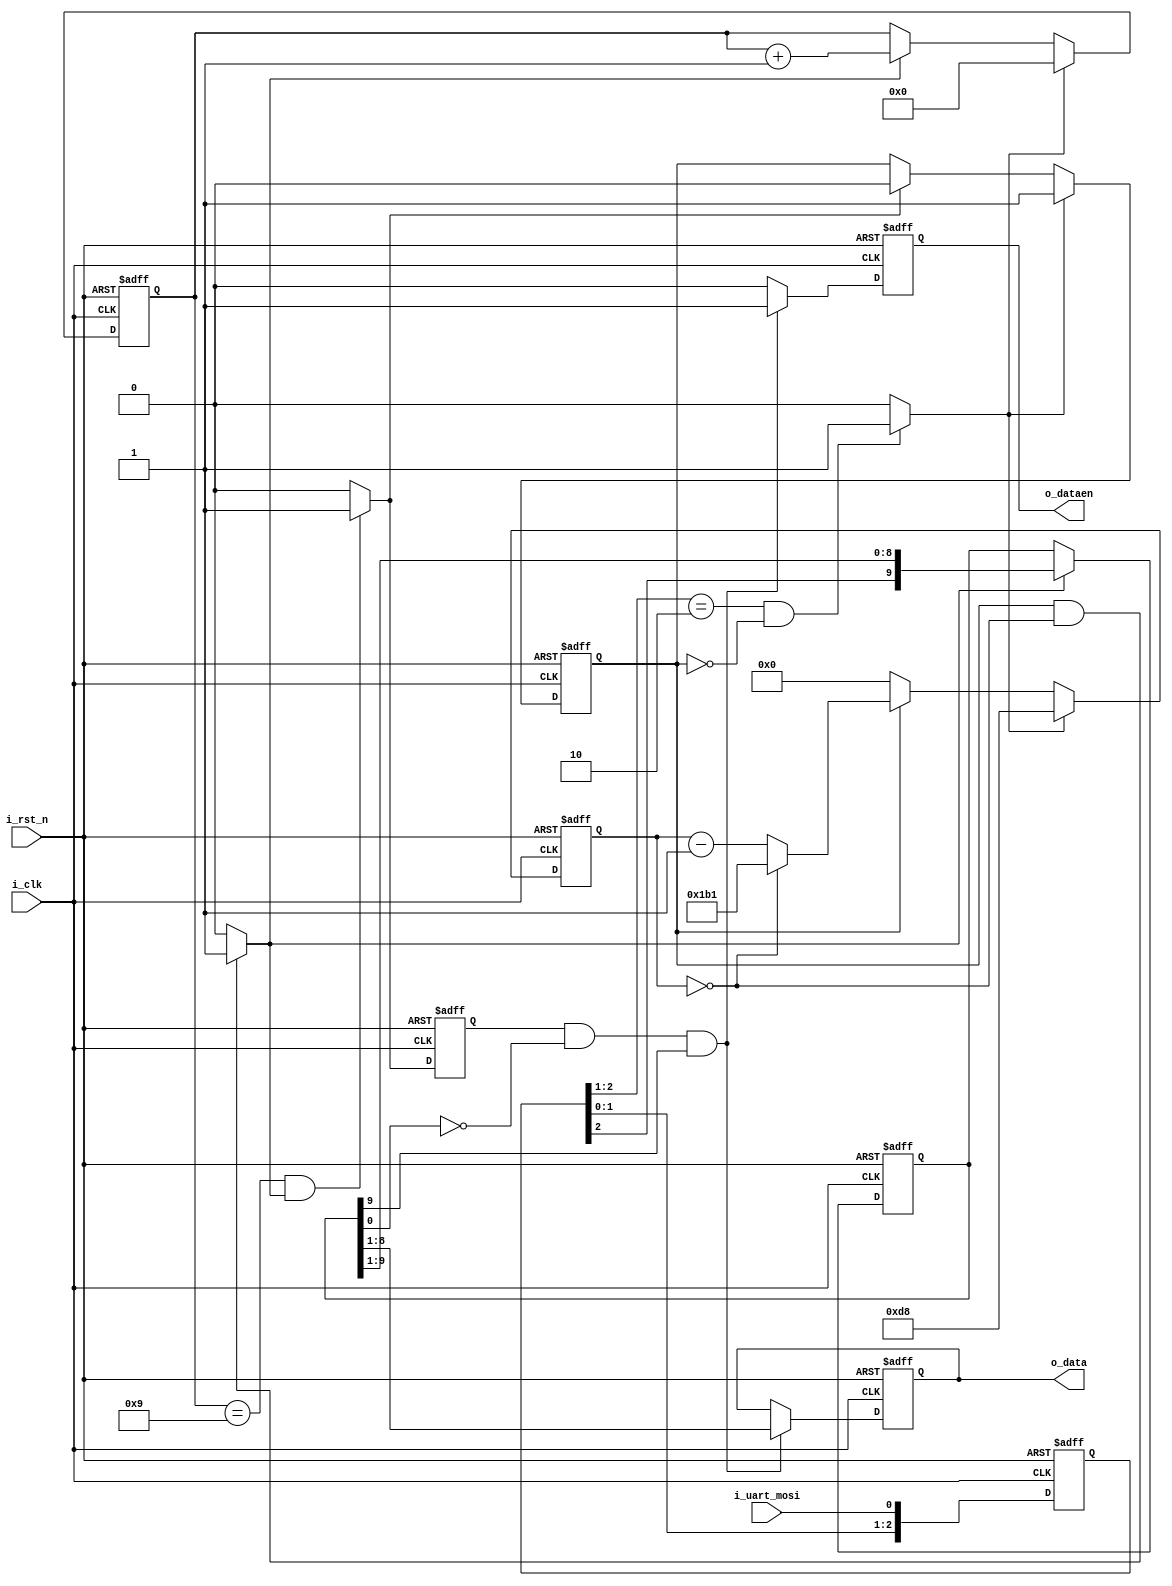
/*============================================================================*/
/*
 * @file    uart_rx.v
 * @brief   UART RX
 * @note    
 * @date    2018/11/19
 * @author  kingyo
 */
/*============================================================================*/
module uart_rx (
    input           i_clk,
    input           i_rst_n,
    input           i_uart_mosi,
    output  [7:0]   o_data,
    output          o_dataen
    );
    
    parameter   DIV_WID = 9;
    parameter   DIV_CNT = 9'd433;
    
    reg     [2:0]   mosi_ff;        // edge detect FF
    wire            start;          // start
    wire            fin;            // end
    reg             busy;
    reg     [DIV_WID-1:0]   div;    // divider
    reg     [3:0]   bitCnt;         // bit counter
    wire            dt_latch;       // data latch trigger
    reg     [9:0]   sp;             // serial data
    reg     [7:0]   data;           // rx data
    reg             dataen;         // data enable pls
    reg             chk_trg;        // data check trigger


    /* Edge sampling */
    always @(posedge i_clk or negedge i_rst_n) begin
        if (~i_rst_n)
            mosi_ff <= 3'b111;
        else
            mosi_ff <= { mosi_ff[1:0], i_uart_mosi };
    end
    
    /* start pls ( negedge and not busy ) */
    assign start = (mosi_ff[2:1] == 2'b10) & (busy == 1'b0) ? 1'b1 : 1'b0;
    
    /* finish pls ( 10bit sample timing ) */
    assign fin = (bitCnt == 4'd9) & (dt_latch) ? 1'b1 : 1'b0;
    
    /* busy flg */
    always @(posedge i_clk or negedge i_rst_n) begin
        if (~i_rst_n)
            busy <= 1'b0;
        else if (start)
            busy <= 1'b1;
        else if (fin)
            busy <= 1'b0;
    end
    
    /* div counter */
    always @(posedge i_clk or negedge i_rst_n) begin
        if (~i_rst_n)
            div <= 0;
        else if (start)
            div <= { 1'b0, DIV_CNT[DIV_WID-1:1] };  // 1/2
        else if (busy) begin
            if (div == 9'd0) begin
                div <= DIV_CNT;
            end else begin
                div <= div - 9'd1;
            end
        end else begin
            div <= 9'd0;
        end
    end
    
    /* bit counter */
    always @(posedge i_clk or negedge i_rst_n) begin
        if (~i_rst_n) begin
            bitCnt <= 0;
        end else if (start) begin
            bitCnt <= 0;
        end else if (dt_latch) begin
            bitCnt <= bitCnt + 4'd1;
        end
    end
    
    /* data latch trig */
    assign dt_latch = (busy) & (div == 9'd0) ? 1'b1 : 1'b0;
    
    /* seri para FF */
    always @(posedge i_clk or negedge i_rst_n) begin
        if (~i_rst_n) begin
            sp <= 10'h3FF;
        end else if (dt_latch) begin
            sp <= { mosi_ff[2], sp[9:1] }; // LSB First
        end
    end
    
    /* check trig */
     always @(posedge i_clk or negedge i_rst_n) begin
        if (~i_rst_n) begin
            chk_trg <= 1'b0;
        end else begin
            chk_trg <= fin;
        end
    end
    
    /* receive data check and enable */
    always @(posedge i_clk or negedge i_rst_n) begin
        if (~i_rst_n) begin
            data <= 8'h00;
            dataen <= 1'b0;
        end else if (chk_trg & ~sp[0] & sp[9]) begin
            data <= sp[8:1];
            dataen <= 1'b1;
        end else begin
            dataen <= 1'b0;
        end
    end
    
    assign o_data = data;
    assign o_dataen = dataen;
    
endmodule